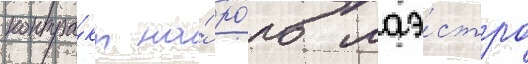
контра́кт на́ ро́ль маэ́стро